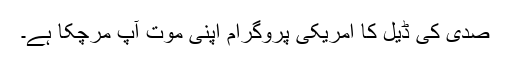
صدی کی ڈیل کا امریکی پروگرام اپنی موت آپ مرچکا ہے۔